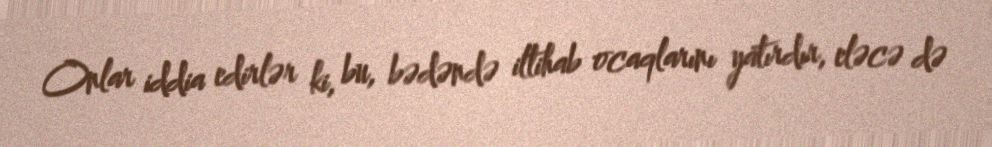
Onlar iddia edirlər ki, bu, bədəndə iltihab ocaqlarını yatırdır, eləcə də